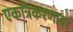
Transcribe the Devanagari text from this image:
एकत्रिकरणावर